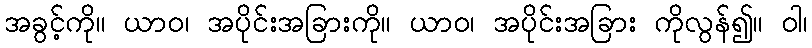
အခွင့်ကို။ ယာဝ၊ အပိုင်းအခြားကို။ ယာဝ၊ အပိုင်းအခြား ကိုလွန်၍။ ဝါ၊